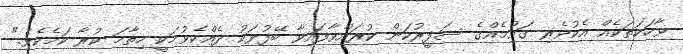
ވާހަކަތަކެއް އެކުވެރި ގައުމެއްގެ ސަފީރުކަން ކުރައްވާފައިވާ ބޭފުޅަކު ދެއްކެވުމަކީ ހިތާމަ ކުރާ ކަމެކެވެ."